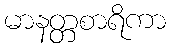
မာနတ္တစာရိကာ